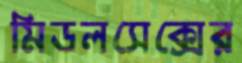
মিডলসেক্সের